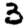
Digit: 3